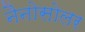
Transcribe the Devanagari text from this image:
नैनोसोलर